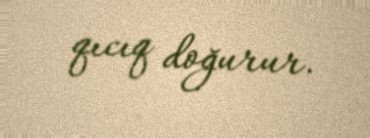
qıcıq doğurur.